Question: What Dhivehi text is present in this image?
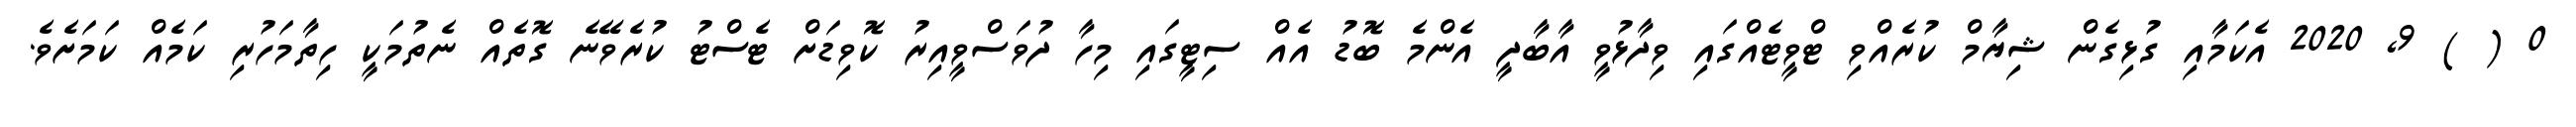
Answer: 0 ( ) 9, 2020 އެކަމާއި ގުޅިގެން ޝިޔާމް ކުރެއްވި ޓްވީޓެއްގައި ވިދާޅުވީ އާބާދީ އެންމެ ބޮޑު އެއް ސިޓީގައި މިހާ ދުވަސްވީއިރު ކޮވިޑަށް ޓެސްޓު ކުރެވޭނެ ގޮތެއް ނެތުމަކީ ހިތާމަހުރި ކަމެއް ކަމަށެވެ.